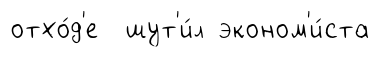
отхо́д'е шут'и́л эконом'и́ста